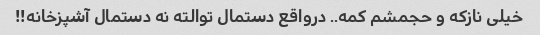
خیلی نازکه و حجمشم کمه.. درواقع دستمال توالته نه دستمال آشپزخانه!!